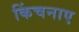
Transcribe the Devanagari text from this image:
किंचनाए